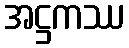
အဋ္ဌကဿ